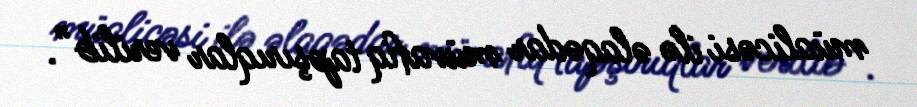
müalicəsi ilə əlaqədar müvafiq tapşırıqlar verilib”.